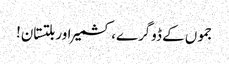
جموں کے ڈوگرے، کشمیر اور بلتستان!